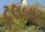
ટૂલબાર